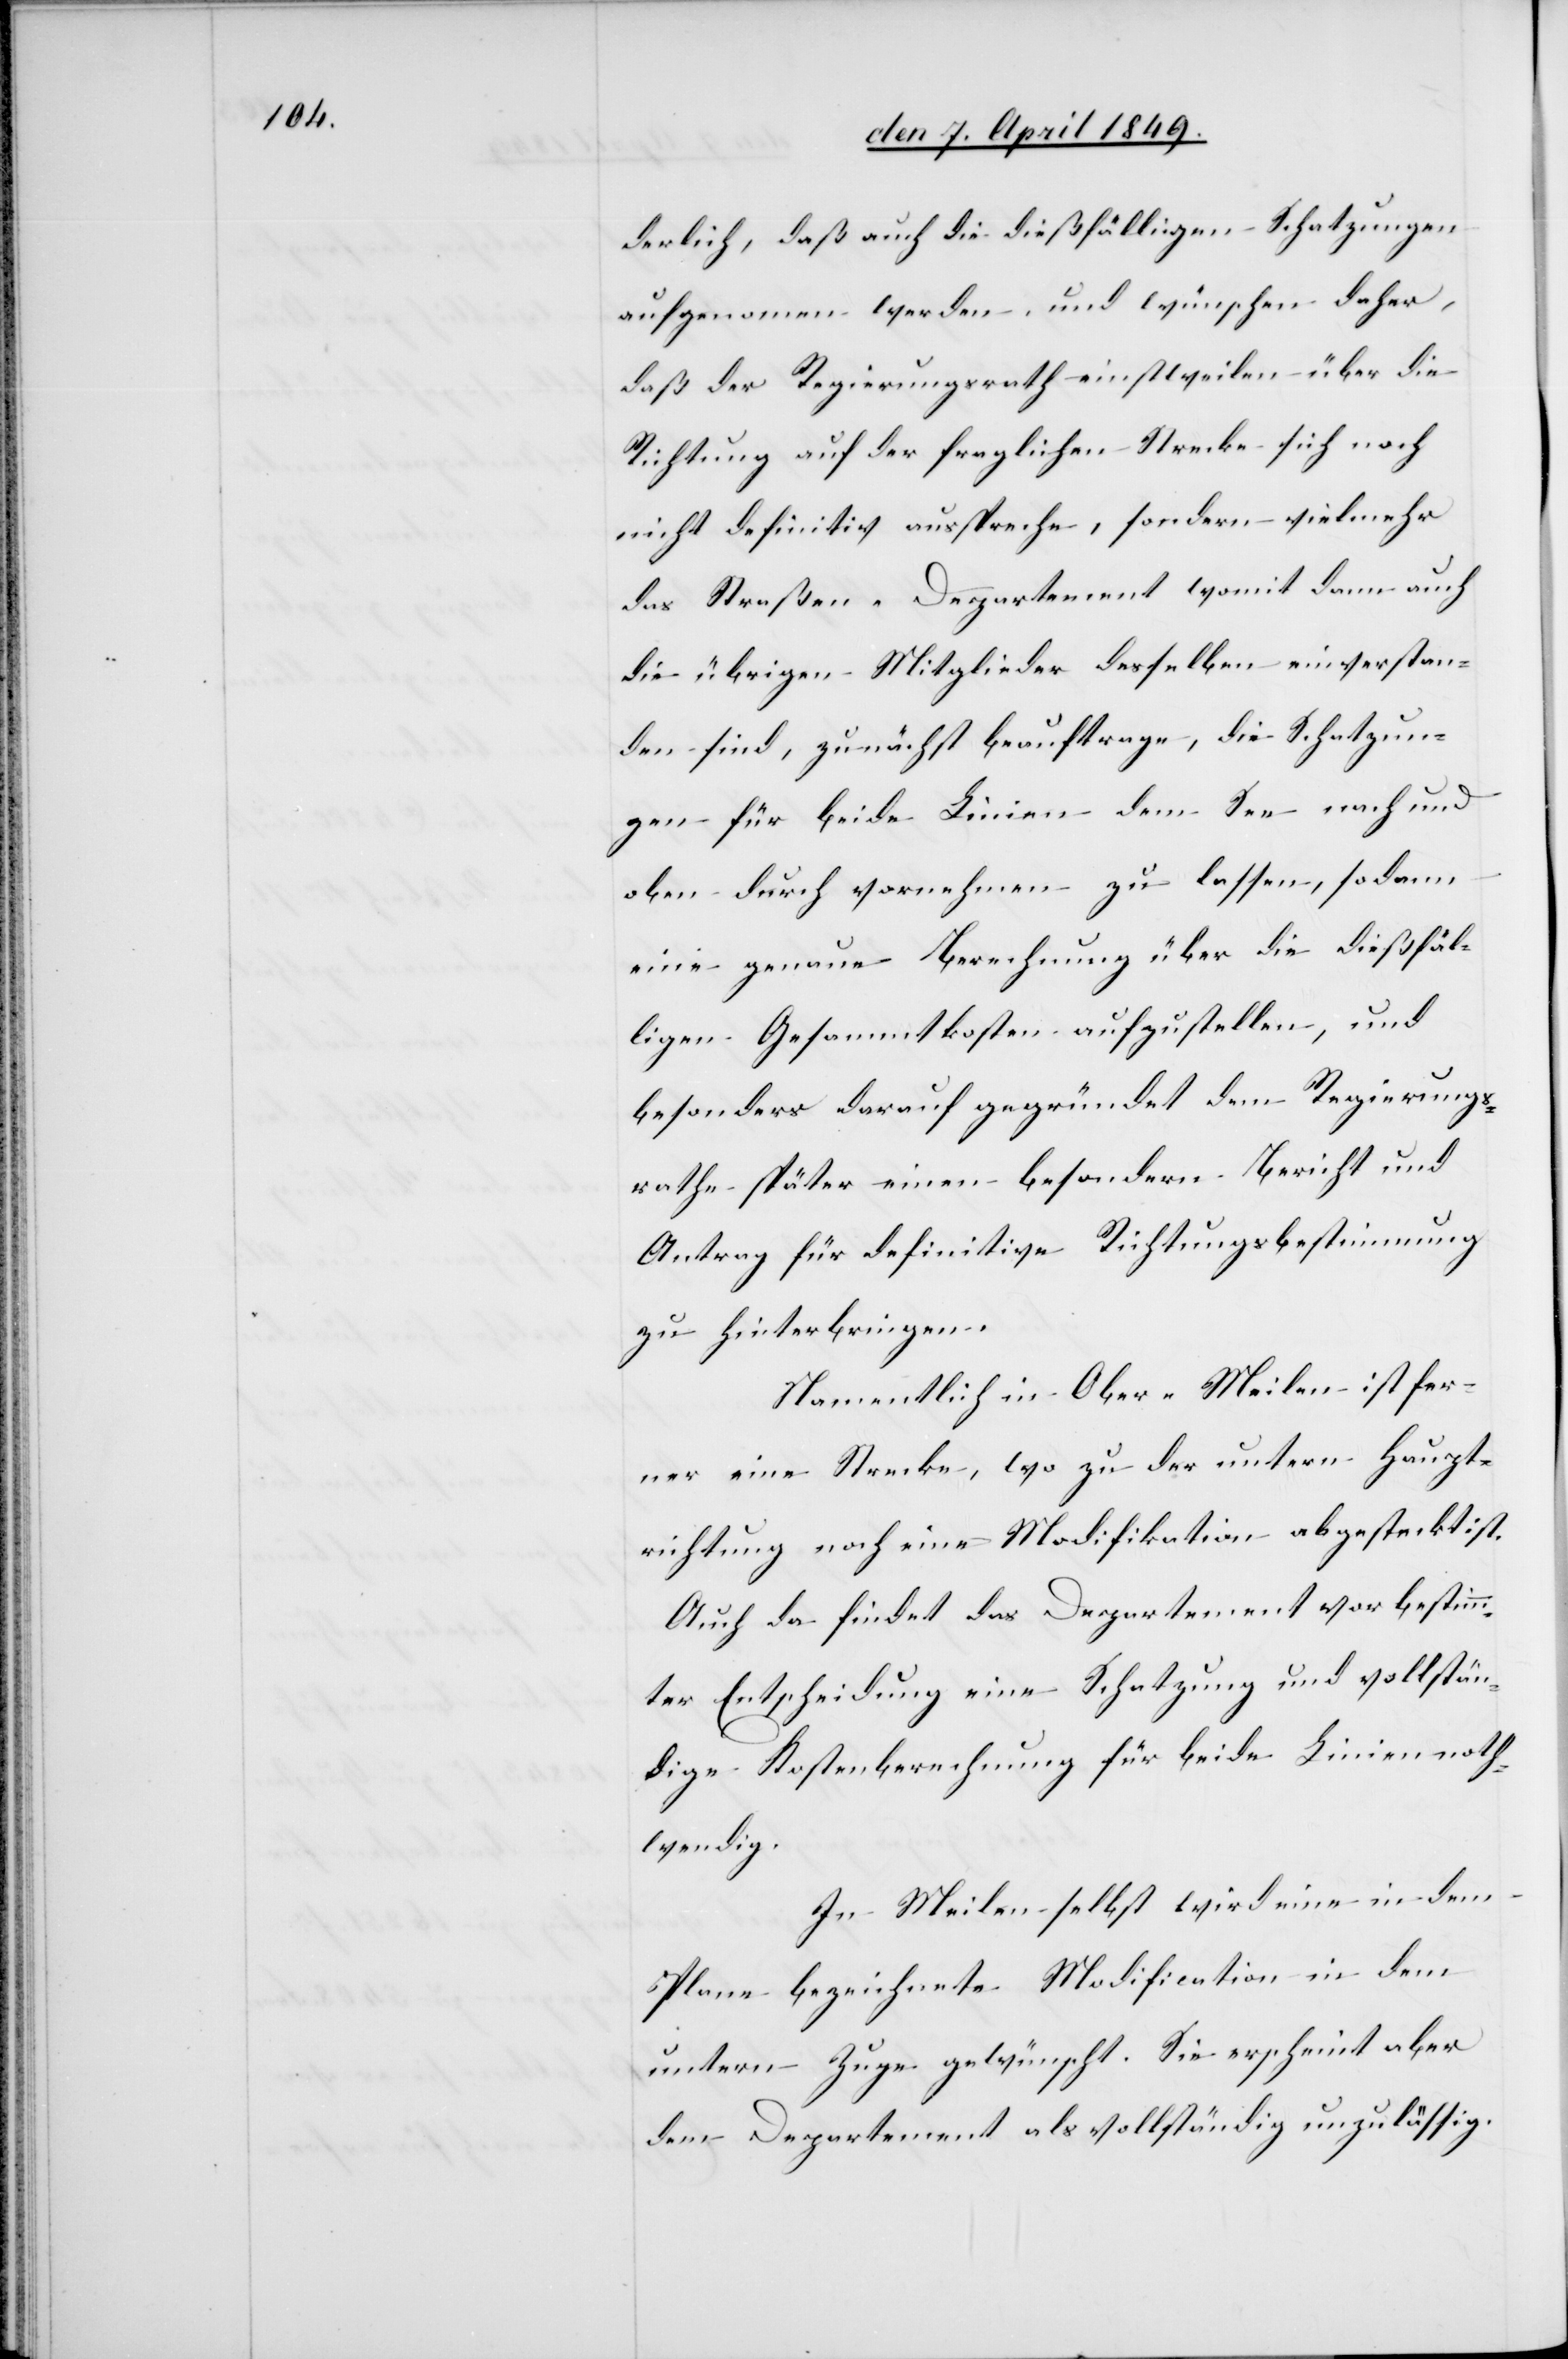
derlich, daß auch die dießfälligen Schatzungen
aufgenommen werden, und wünschen daher,
daß der Regierungsrath einstweilen über die
Richtung auf der fraglichen Strecke sich noch
nicht definitiv ausspreche, sondern vielmehr
das Straßen-Departement womit dann auch
die übrigen Mitglieder desselben einverstan¬
den sind, zunächst beauftrage, die Schatzun¬
gen für beide Linien dem See nach und
oben durch vornehmen zu lassen, sodann
eine genaue Berechnung über die dießfäl¬
ligen Gesammtkosten aufzustellen, und
besonders darauf gegründet dem Regierungs¬
rathe später einen besondern Bericht und
Antrag für definitive Richtungsbestimmung
zu hinterbringen.
Namentlich in Ober-Meilen ist fer¬
ner eine Strecke, wo zu der untern Haupt¬
richtung noch eine Modifikation abgesteckt ist.
Auch da findet das Departement vor bestimm¬
ter Entscheidung eine Schatzung und vollstän¬
dige Kostenberechnung für beide Linien noth¬
wendig.
In Meilen selbst wird eine in dem
Plane bezeichnete Modification in dem
untern Zuge gewünscht. Sie erscheint aber
dem Departement als vollständig unzulässig.